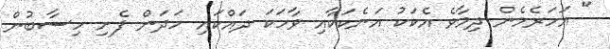
" އަހަރެމެން ދިމާވެ އެކަކު އަނެކަކާއި ވާހަކަ ދައްކައި ހަދަން ފެށި ހިސާބުން